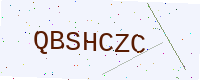
Text: QBSHCZC